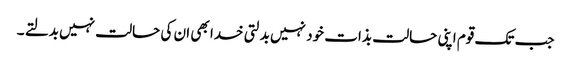
جب تک قوم اپنی حالت بذات خود نہیں بدلتی خدا بھی ان کی حالت نہیں بدلتے ۔